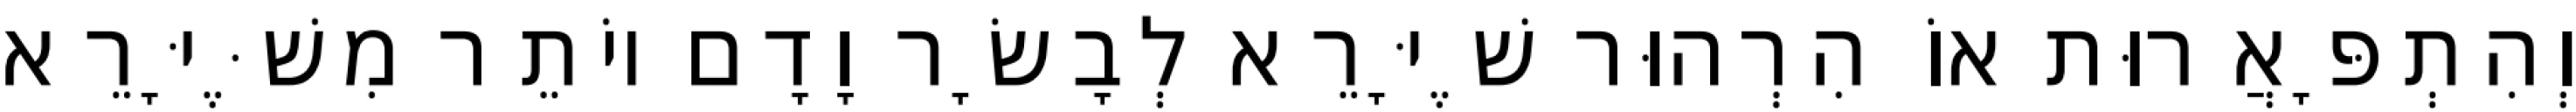
וְהִתְפָּאֲרוּת אוֹ הִרְהוּר שֶׁיָּרֵא לְבָשָׂר וָדָם יוֹתֵר מִשֶּׁיָּרֵא